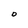
Character: O